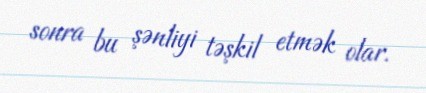
sonra bu şənliyi təşkil etmək olar.